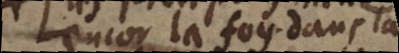
encor la foy dans la